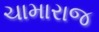
ચામારાજ